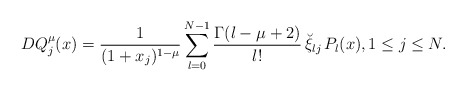
\begin{align*}DQ_j^\mu(x)=\frac{1}{(1+x_j)^{1-\mu}}\sum_{l=0}^{N-1} \frac{\Gamma(l-\mu+2)}{l!}\, \breve\xi_{lj}\, P_l(x), 1\le j\le N.\end{align*}